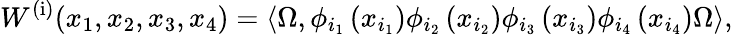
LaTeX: W^{\left(\mathrm{i}\right)}{\left(x_{1},x_{2},x_{3},x_{4}\right)}=\left\langle\Omega,\phi_{{i}_{1}}\left(x_{{i}_{1}}\right)\phi_{{i}_{2}}\left(x_{{i}_{2}}\right)\phi_{{i}_{3}}\left(x_{{i}_{3}}\right)\phi_{{i}_{4}}\left(x_{{i}_{4}}\right)\Omega\right\rangle,